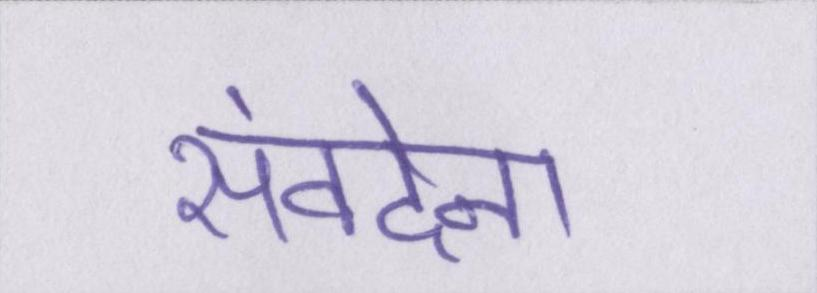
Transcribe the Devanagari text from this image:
संवदेना